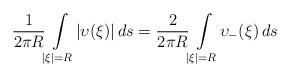
LaTeX: \begin{align*} \frac 1 { 2 \pi R } \! \int \limits _ { | \xi | = R } \! | \upsilon ( \xi ) | \, d s = \frac 2 { 2 \pi R } \! \int \limits _ { | \xi | = R } \! \upsilon _ - ( \xi ) \, d s\end{align*}